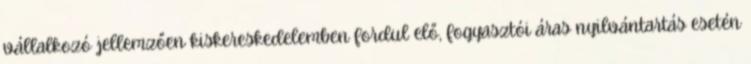
vállalkozó jellemzően kiskereskedelemben fordul elő, fogyasztói áras nyilvántartás esetén